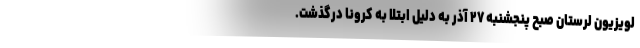
لویزیون لرستان صبح پنجشنبه ۲۷ آذر به دلیل ابتلا به کرونا درگذشت.